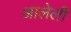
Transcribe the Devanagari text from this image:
आलेलीं